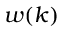
w ( k )